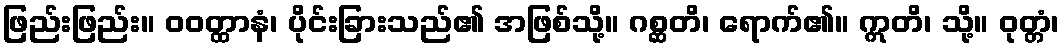
ဖြည်းဖြည်း။ ဝဝတ္ထာနံ၊ ပိုင်းခြားသည်၏ အဖြစ်သို့။ ဂစ္ဆတိ၊ ရောက်၏။ ဣတိ၊ သို့။ ဝုတ္တံ၊